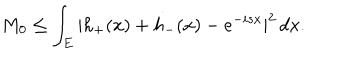
LaTeX: M _ { 0 } \leq \int _ { E } | h _ { + } ( x ) + h _ { - } ( x ) - e ^ { - i s x } | ^ { 2 } \, d x .